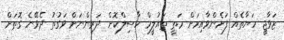
ޒަވާޖީ ހަޔާތެއް ފަށެންވާއިރަށް މަތީ ތައުލީމް ހާސިލްކޮށް ދަރިންނަށް ވަގުތު ދެވޭނެ ގޮތަށް